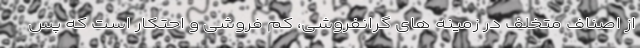
از اصناف متخلف در زمینه های گرانفروشی، کم فروشی و احتکار است که پس